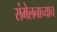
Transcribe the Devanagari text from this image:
संमेलनाच्याच